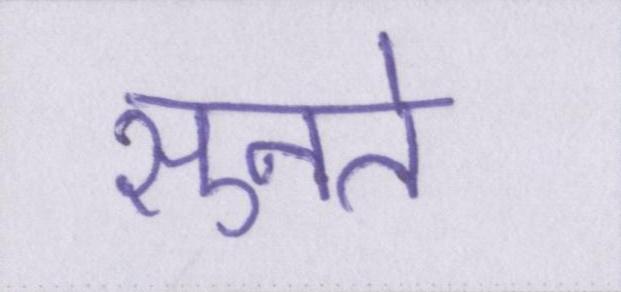
सुनते